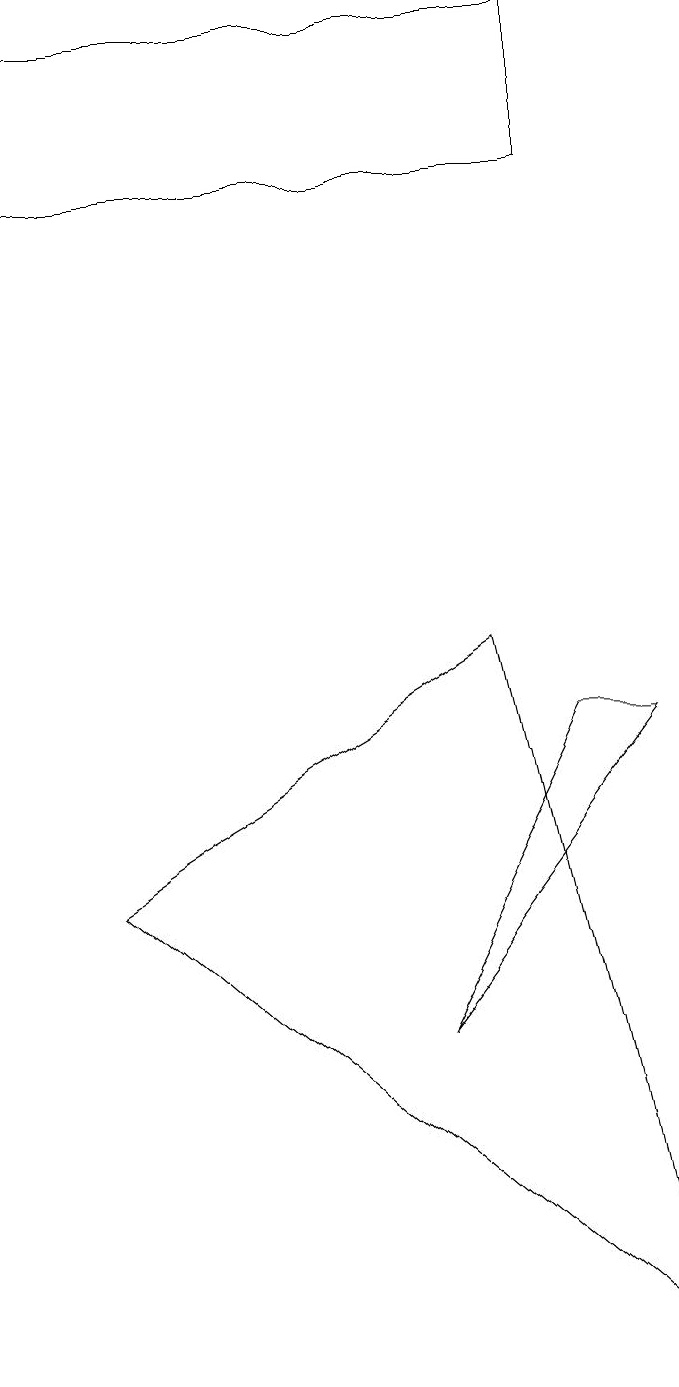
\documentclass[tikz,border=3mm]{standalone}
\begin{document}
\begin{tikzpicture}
\draw (6,9) -- (1,6) -- (8,0) -- cycle;
\draw (7,8) -- (8,8) -- (5,4) -- cycle;
\draw (7,15) rectangle (0,17);
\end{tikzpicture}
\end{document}